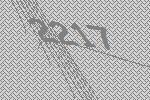
2217